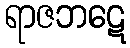
ရာဇဘဋေ